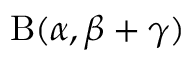
\mathrm { B } ( \alpha , \beta + \gamma )